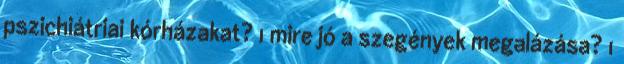
pszichiátriai kórházakat? 1 mire jó a szegények megalázása? 1